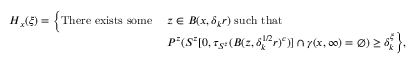
\begin{array} { r l } { H _ { x } ( \xi ) = \Bigl \{ \mathrm { T h e r e ~ e x i s t s ~ s o m e ~ } } & { z \in B ( x , \delta _ { k } r ) \mathrm { ~ s u c h ~ t h a t ~ } } \\ & { P ^ { z } ( S ^ { z } [ 0 , \tau _ { S ^ { z } } ( B ( z , \delta _ { k } ^ { 1 / 2 } r ) ^ { c } ) ] \cap \gamma ( x , \infty ) = \emptyset ) \ge \delta _ { k } ^ { \xi } \Bigr \} , } \end{array}